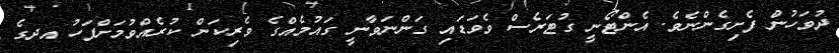
ދުވަހުން ފެށިގެންނެވެ. އެންޓޯނީ ގުޓަރެސް ވެވަޑައި ގަންނަވާނީ ގައުމެއްގެ ވެރިކަން ކުރެއްވުމަށްފަހު އދގެ